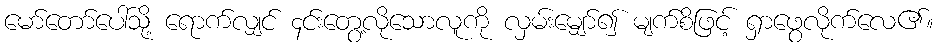
မော်တော်ပေါ်သို့ ရောက်လျှင် ၄င်းတွေ့လိုသောလူကို လှမ်းမျှော်၍ မျက်စိဖြင့် ရှာဖွေလိုက်လေ၏။